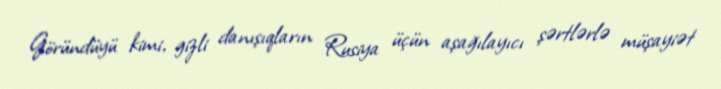
Göründüyü kimi, gizli danışıqların Rusiya üçün aşağılayıcı şərtlərlə müşayiət